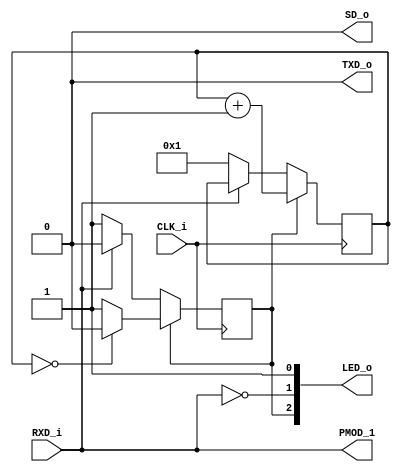
module infrared_top(
    input wire CLK_i,
    output wire TXD_o,
    input wire RXD_i,
    output wire SD_o,
    output wire PMOD_1,
    output wire [0:4] LED_o
    );

    parameter N = 17;
    reg [N-1:0] counter = 0;
    reg led_on = 0;

    always @(posedge CLK_i) begin
        if(~led_on) begin
            if(~RXD_i) begin
                led_on <= 1;
                counter <= 1;
            end
        end
        else begin
            counter <= counter + 1;
            if(counter == 0)
                led_on <= 0;
        end
    end

    assign PMOD_1 = RXD_i;
    assign TXD_o = 0;
    assign SD_o = 0;
    assign LED_o[4] = 1;
    assign LED_o[3] = ~RXD_i;
    assign LED_o[2] = led_on;

endmodule